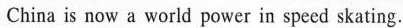
China is now a world power in speed skating.